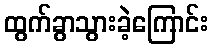
ထွက်ခွာသွားခဲ့ကြောင်း